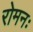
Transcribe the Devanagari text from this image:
रोमनः